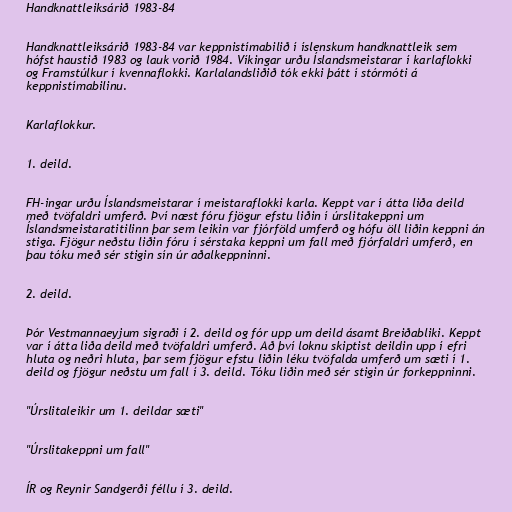
Handknattleiksárið 1983-84

Handknattleiksárið 1983-84 var keppnistímabilið í íslenskum handknattleik sem
hófst haustið 1983 og lauk vorið 1984. Víkingar urðu Íslandsmeistarar í karlaflokki
og Framstúlkur í kvennaflokki. Karlalandsliðið tók ekki þátt í stórmóti á
keppnistímabilinu.

Karlaflokkur.

1. deild.

FH-ingar urðu Íslandsmeistarar í meistaraflokki karla. Keppt var í átta liða deild
með tvöfaldri umferð. Því næst fóru fjögur efstu liðin í úrslitakeppni um
Íslandsmeistaratitilinn þar sem leikin var fjórföld umferð og hófu öll liðin keppni án
stiga. Fjögur neðstu liðin fóru í sérstaka keppni um fall með fjórfaldri umferð, en
þau tóku með sér stigin sín úr aðalkeppninni.

2. deild.

Þór Vestmannaeyjum sigraði í 2. deild og fór upp um deild ásamt Breiðabliki. Keppt
var í átta liða deild með tvöfaldri umferð. Að því loknu skiptist deildin upp í efri
hluta og neðri hluta, þar sem fjögur efstu liðin léku tvöfalda umferð um sæti í 1.
deild og fjögur neðstu um fall í 3. deild. Tóku liðin með sér stigin úr forkeppninni.

"Úrslitaleikir um 1. deildar sæti"

"Úrslitakeppni um fall"

ÍR og Reynir Sandgerði féllu í 3. deild.